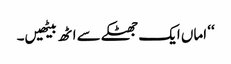
‘‘ اماں ایک جھٹکے سے اٹھ بیٹھیں۔